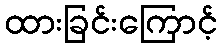
ထားခြင်းကြောင့်